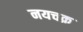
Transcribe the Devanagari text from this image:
नयचक्र